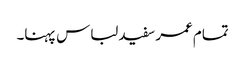
تمام عمر سفید لباس پہنا۔